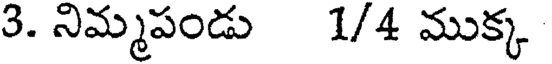
3. నిమ్మపండు 1/4 ముక్క